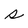
Character: s